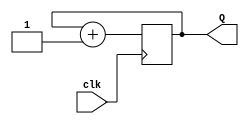
module two_bit_counter(
	 input clk,         // input clock 
	 output reg [1:0] Q // 2-bit register
    );
	 
	 /* on each positive edge of the input clock, count up from 0 to 3, 
	 and wrap around from 3 back to 0, with the 2 bit sized register 9
	 */
	 always @ (posedge clk)	begin
	 Q <= Q + 1'b1; 
	 end
	 
endmodule